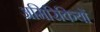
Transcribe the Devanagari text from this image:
अमिरिकियों